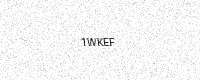
Text: 1WKEF